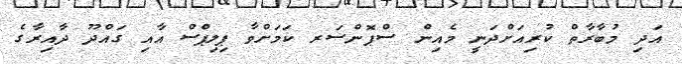
އަދި މުބާރާތް ކުރިއަށްދަނީ މެއިން ސްޕޮންސަރ ކަމަށްވާ ޕިލިޕްސް އާއި ގައްދޫ ދާއިރާގެ